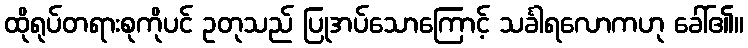
ထိုရုပ်တရားစုကိုပင် ဥတုသည် ပြုအပ်သောကြောင့် သင်္ခါရလောကဟု ခေါ်၏။